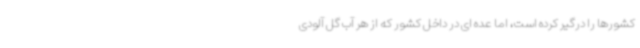
کشورها را درگیر کرده است، اما عده ای در داخل کشور که از هر آب گل آلودی